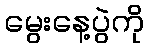
မွေးနေ့ပွဲကို